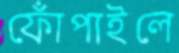
ফোঁপাইলে